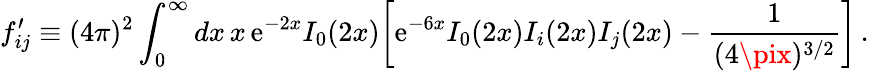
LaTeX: f_{ij}^{\prime}\equiv(4\pi)^{2}\int_{0}^{\infty}dx\, x\, \mathrm{e}^{-2x}I_{0}(2x)\biggl[\mathrm{e}^{-6x}I_{0}(2x)I_{i}(2x)I_{j}(2x)-{\frac{{1}}{{(4\pix)^{3/2}}}}\biggr]\, .